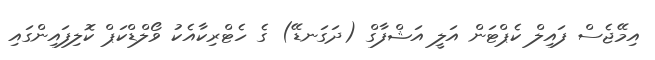
އިމޭޖެސް ފައިލް ކެޕްޓަން އަލީ އަޝްފާގް (ދަގަނޑޭ) ގެ ހެޓްރިކާއެކު ވޯލްޑްކަޕް ކޮލިފައިންގައި